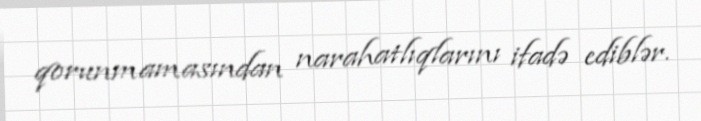
qorunmamasından narahatlıqlarını ifadə ediblər.